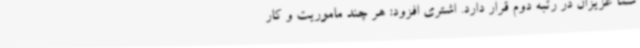
شما عزیزان در رتبه دوم قرار دارد. اشتری افزود: هر چند ماموریت و کار